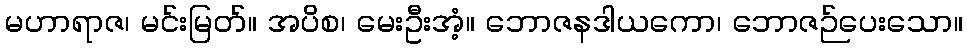
မဟာရာဇ၊ မင်းမြတ်။ အပိစ၊ မေးဦးအံ့။ ဘောဇနဒါယကော၊ ဘောဇဉ်ပေးသော။